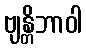
ဗျန္တိဘာဝါ